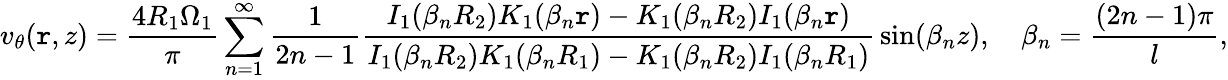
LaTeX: v_{\theta}(\mathtt{r},z)={\frac{{4R_{1}\Omega_{1}}}{{\pi}}}\sum_{n=1}^{\infty}{\frac{{1}}{{2n-1}}}{\frac{{I_{1}(\beta_{n}R_{2})K_{1}(\beta_{n}\mathtt{r})-K_{1}(\beta_{n}R_{2})I_{1}(\beta_{n}\mathtt{r})}}{{I_{1}(\beta_{n}R_{2})K_{1}(\beta_{n}R_{1})-K_{1}(\beta_{n}R_{2})I_{1}(\beta_{n}R_{1})}}}\sin(\beta_{n}z),\quad\beta_{n}={\frac{{(2n-1)\pi}}{{l}}},